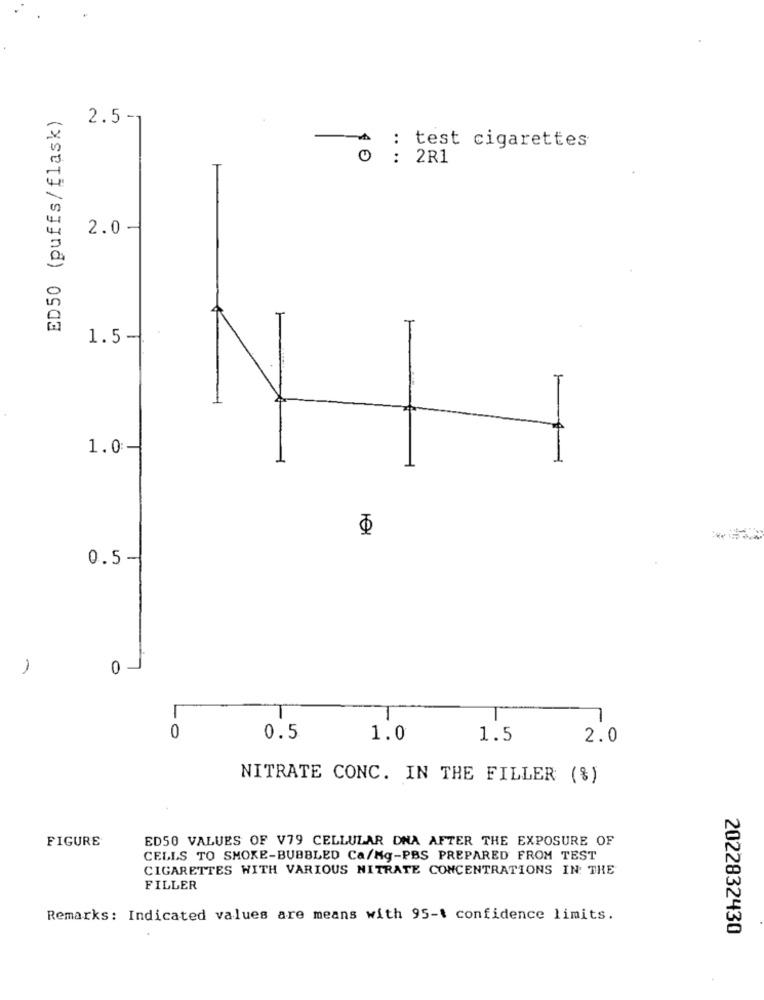
ED50 (puffs/flask)
2.5 -
: test cigarettes
0 : 2R1
2.0
1.5-
1.0
NI
0.5
1
0 -
LO
0.5
1.0
1.5
2.0
NITRATE CONC. IN THE FILLER (%)
FIGURE
ED50 VALUES OF V79 CELLULAR DNA AFTER THE EXPOSURE OF
CELLS TO SMOKE-BUBBLED Ca/Mg-PBS PREPARED FROM TEST
CIGARETTES WITH VARIOUS NITRATE CONCENTRATIONS IN THE
FILLER
Remarks: Indicated values are means with 95-t confidence limits.
2022832430